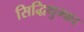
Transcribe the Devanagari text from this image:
सिद्धिथुम्का